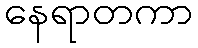
နေရာတကာ